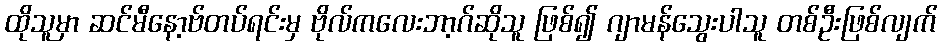
ထိုသူမှာ ဆင်မီနော့ဗ်တပ်ရင်းမှ ဗိုလ်ကလေးဘာ့ဂ်ဆိုသူ ဖြစ်၍ ဂျာမန်သွေးပါသူ တစ်ဦးဖြစ်လျက်